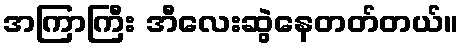
အကြာကြီး အီလေးဆွဲနေတတ်တယ်။